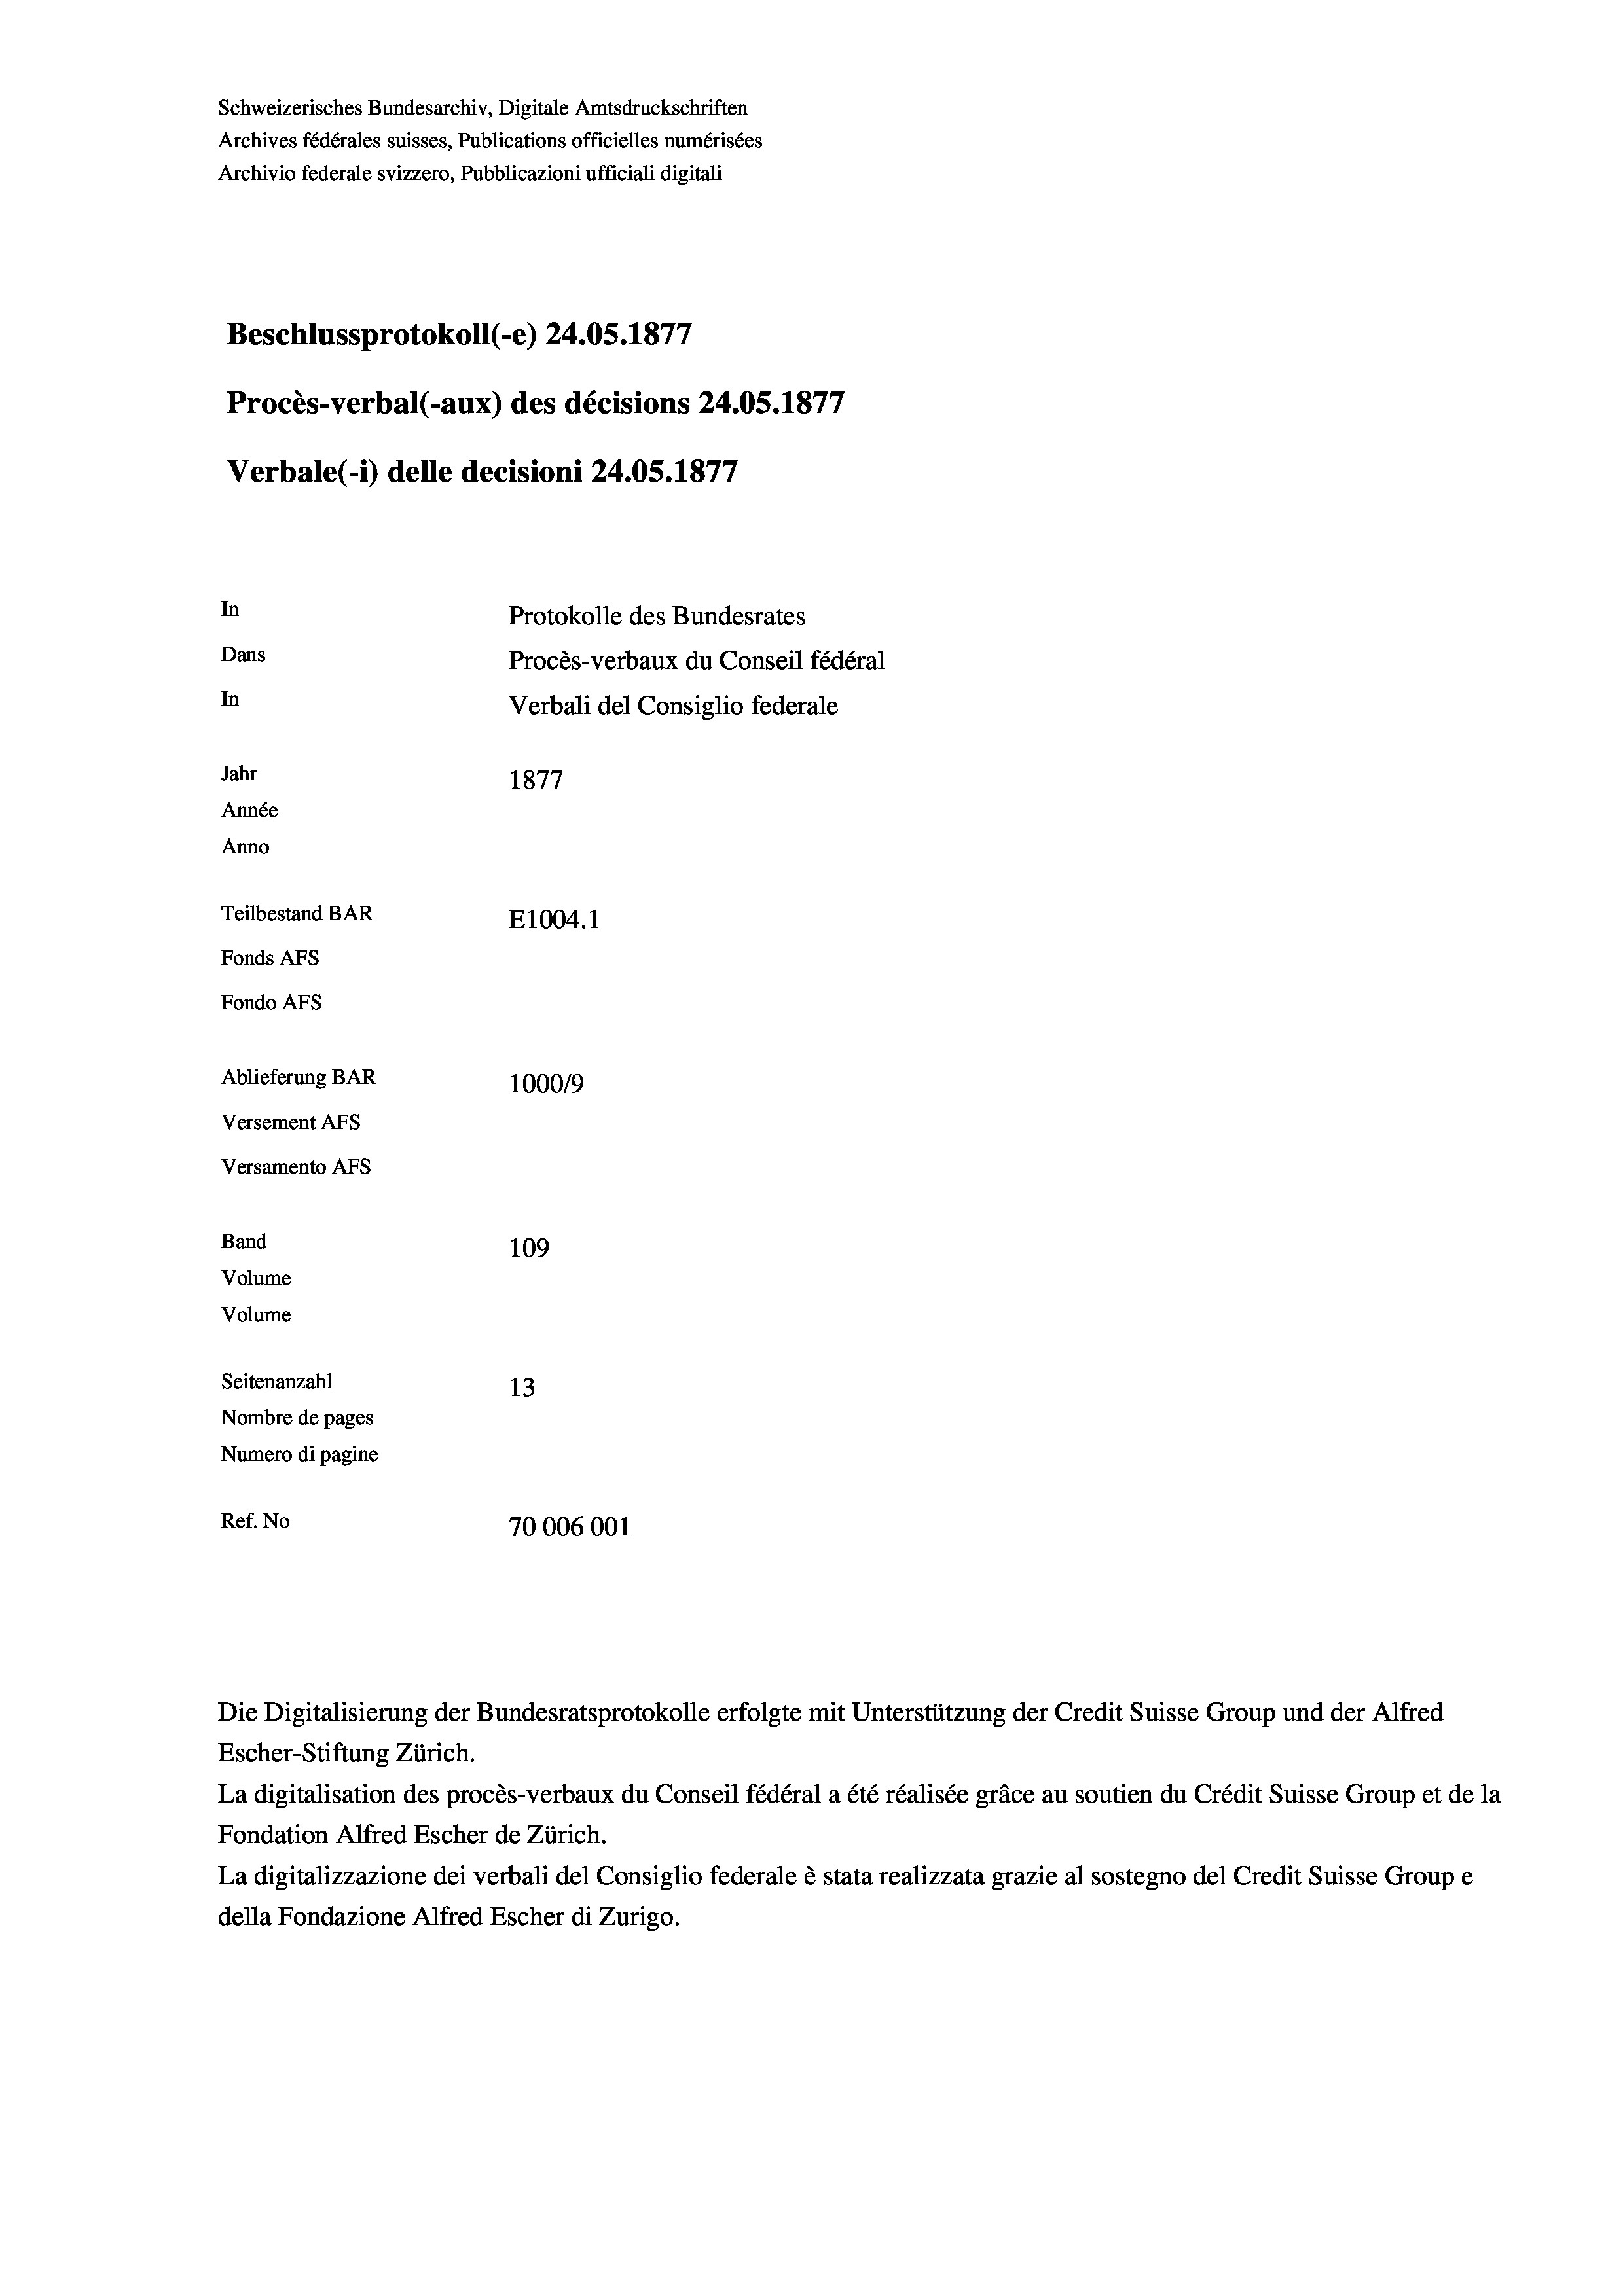
Schweizerisches Bundesarchiv, Digitale Amtsdruckschriften
Archives fédérales suisses, Publications officielles numérisées
Archivio federale svizzero, Pubblicazioni ufficiali digitali
Beschlussprotokoll (-e) 24.05. 1877
Procès-verbal (-aux) des décisions 24.05. 1877
Verbale (1) delle decisioni 24.05. 1877
In
Protokolle des Bundesrates
Dans
Procès-verbaux du Conseil fédéral
In
Verbali del Consiglio federale
Jahr
1877
Année
Anno
Teilbestand BAR
E1004. 1
Fonds AFs
Fondo AFs
Ablieferung BAR
100019
Versement AFS
Versamento Afs
Band
109
Volume
Volume

Seitenanzahl
13
Nombre de pages
Numero di pagine
Ref. No
70006001

Escher-Stiftung Zürich.
La digitalisation des procès-verbaux du Conseil fédéral a été réalisée gräce au soutien du Crédit Suisse Group et de la
Fondation Alfred Escher de Zürich.
La digitalizzazione dei verbali del Consiglio federale è stata realizzata grazie al sostegno del Credit Suisse Groupe
della Fondazione Alfred Escher di Zurigo.

Die Digitalisierung der Bundesratsprotokolle erfolgte mit Unterstützung der Credit Suisse Group und der Alfred